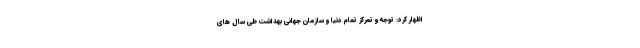
اظهار کرد: توجه و تمرکز تمام دنیا و سازمان جهانی بهداشت طی سال های